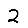
Digit: 2